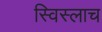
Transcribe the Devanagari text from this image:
स्विस्लाच